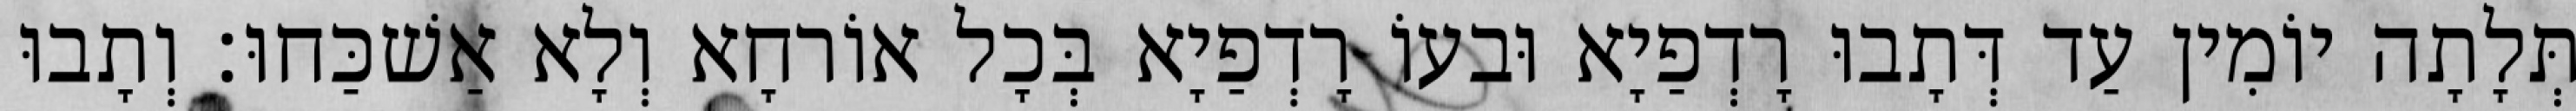
תְּלָתָה יוֹמִין עַד דְּתָבוּ רָדְפַיָא וּבעוֹ רָדְפַיָא בְּכָל אוֹרחָא וְלָא אַשׁכַּחוּ׃ וְתָבוּ